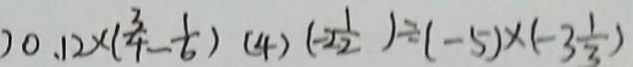
) 0 . 1 2 \times ( \frac { 3 } { 4 } - \frac { 1 } { 6 } ) ( 4 ) ( - 2 \frac { 1 } { 2 } ) \div ( - 5 ) \times ( - 3 \frac { 1 } { 3 } )